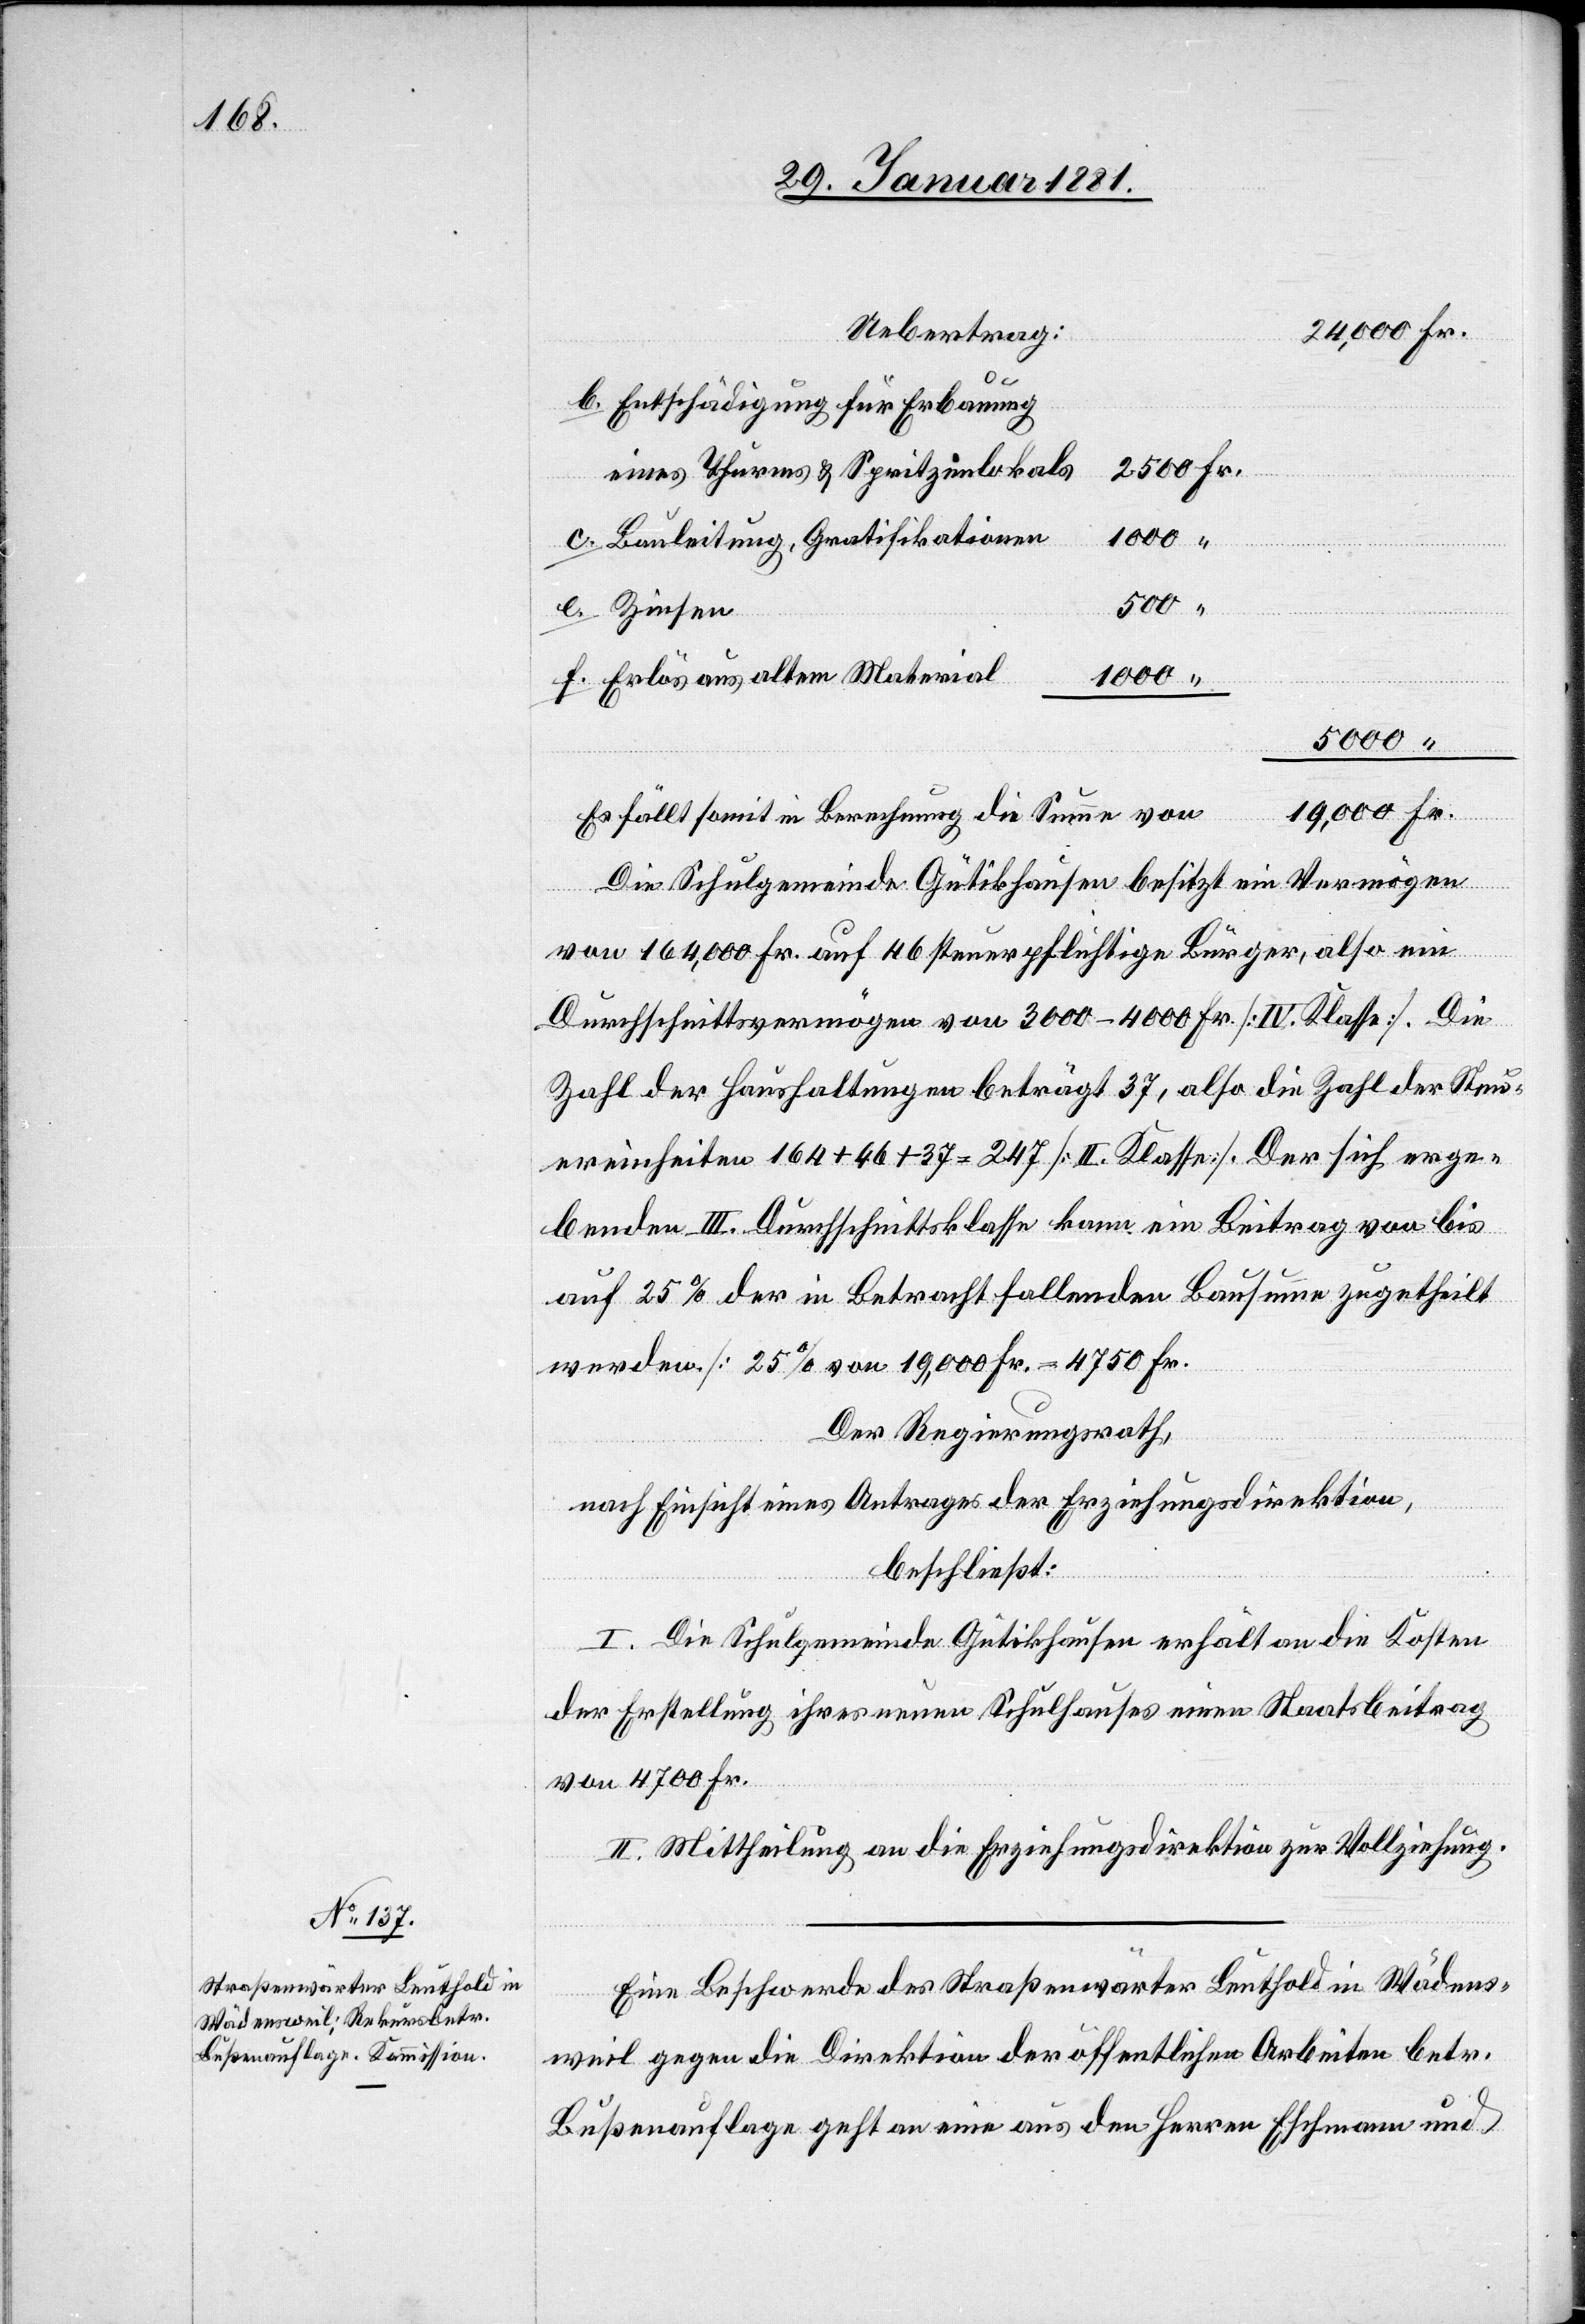
Uebertrag
Entschädigung für Erbauung
eines Thurmes & Spritzenlokals
1000
Bauleitung, Gratifikationen
500
Erlös aus altem Material
5000
“
e.
Zinsen
Es fällt somit in Berechnung die Summe von
Fr.
Die Schulgemeinde Gütikhausen besitzt ein Vermögen
von 164,000 Fr. auf 46 steuerpflichtige Bürger, also ein
Durchschnittsvermögen von 3000–4000 Fr. [IV. Klasse]. Die
Zahl der Haushaltungen beträgt 37, also die Zahl der Steu¬
ereinheiten 164 + 46 + 37 = 247 [II. Klasse]. Der sich erge¬
benden III. Durchschnittsklasse kann ein Beitrag von bis
auf 25% der in Betracht fallenden Bausumme zugetheilt
werden. [25% von 19,000 Fr. = 4750 Fr.]
Der Regierungsrath,
nach Einsicht eines Antrages der Erziehungsdirektion,
beschließt:
I. Die Schulgemeinde Gütikhausen erhält an die Kosten
der Erstellung ihres neuen Schulhauses einen Staatsbeitrag
von 4700 Fr.
II. Mittheilung an die Erziehungsdirektion zur Vollziehung.
Eine Beschwerde des Straßenwärter Leuthold in Wädens¬
weil gegen die Direktion der öffentlichen Arbeiten betr.
Bußenauflage geht an eine aus den Herren Eschmann und